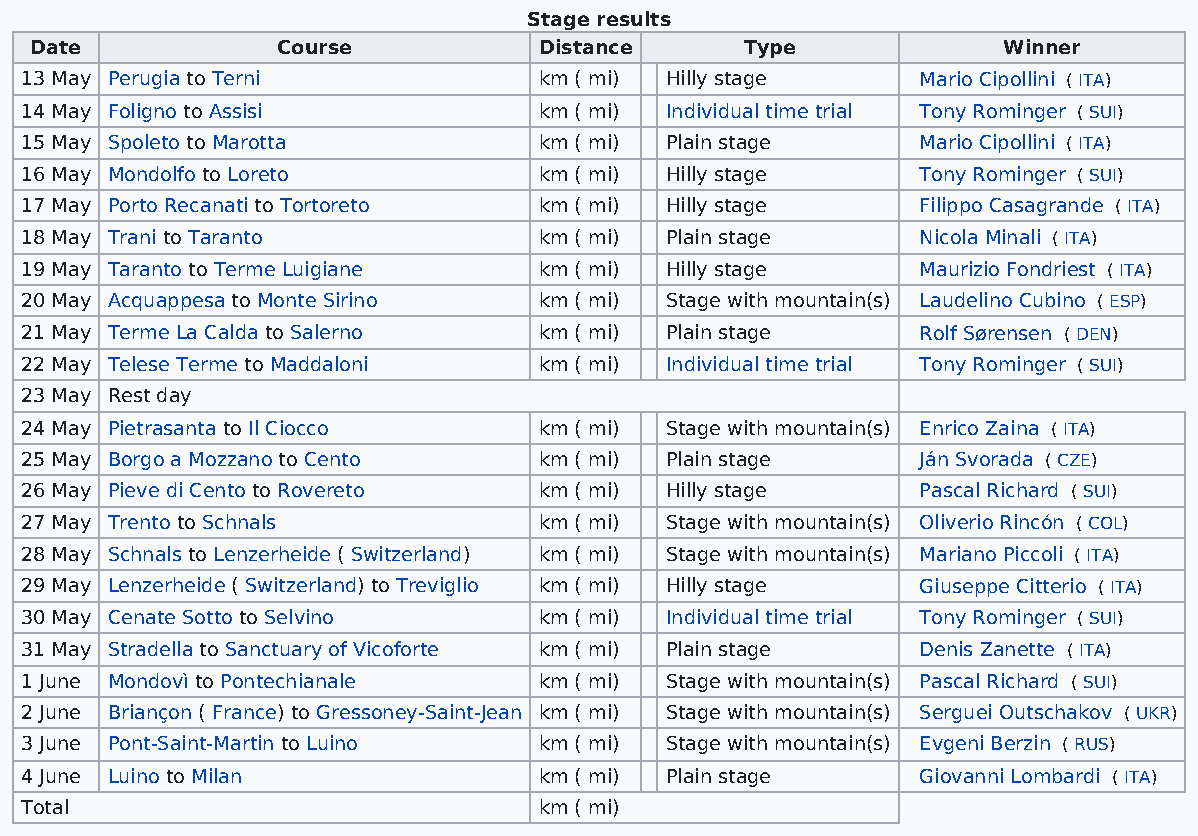
Stage results
 Date            Course            Distance     Type             Winner
 13 May Perugia to Terni            km ( mi) Hilly stage     Mario Cipollini ( ITA)
 14 May Foligno to Assisi           km ( mi) Individual time trial Tony Rominger ( SUI)
 15 May Spoleto to Marotta          km ( mi) Plain stage     Mario Cipollini ( ITA)
 16 May Mondolfo to Loreto          km ( mi) Hilly stage     Tony Rominger ( SUI)
 17 May Porto Recanati to Tortoreto km ( mi) Hilly stage     Filippo Casagrande ( ITA)
 18 May Trani to Taranto            km ( mi) Plain stage     Nicola Minali ( ITA)
 19 May Taranto to Terme Luigiane   km ( mi) Hilly stage     Maurizio Fondriest ( ITA)
 20 May Acquappesa to Monte Sirino  km ( mi) Stage with mountain(s) Laudelino Cubino ( ESP)
 21 May Terme La Calda to Salerno   km ( mi) Plain stage     Rolf Sørensen ( DEN)
 22 May Telese Terme to Maddaloni   km ( mi) Individual time trial Tony Rominger ( SUI)
 23 May Rest day
 24 May Pietrasanta to Il Ciocco    km ( mi) Stage with mountain(s) Enrico Zaina ( ITA)
 25 May Borgo a Mozzano to Cento    km ( mi) Plain stage     Ján Svorada ( CZE)
 26 May Pieve di Cento to Rovereto  km ( mi) Hilly stage     Pascal Richard ( SUI)
 27 May Trento to Schnals           km ( mi) Stage with mountain(s) Oliverio Rincón ( COL)
 28 May Schnals to Lenzerheide ( Switzerland) km ( mi) Stage with mountain(s) Mariano Piccoli ( ITA)
 29 May Lenzerheide ( Switzerland) to Treviglio km ( mi) Hilly stage Giuseppe Citterio ( ITA)
 30 May Cenate Sotto to Selvino     km ( mi) Individual time trial Tony Rominger ( SUI)
 31 May Stradella to Sanctuary of Vicoforte km ( mi) Plain stage Denis Zanette ( ITA)
 1 June Mondovì to Pontechianale    km ( mi) Stage with mountain(s) Pascal Richard ( SUI)
 2 June Briançon ( France) to Gressoney-Saint-Jean km ( mi) Stage with mountain(s) Serguei Outschakov ( UKR)
 3 June Pont-Saint-Martin to Luino  km ( mi) Stage with mountain(s) Evgeni Berzin ( RUS)
 4 June Luino to Milan              km ( mi) Plain stage     Giovanni Lombardi ( ITA)
 Total                              km ( mi)